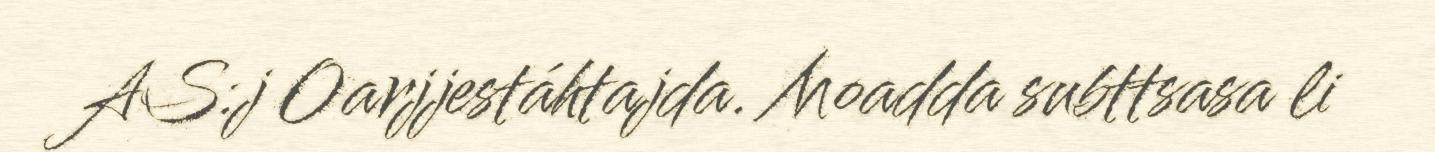
AS:j Oarjjestáhtajda. Moadda subttsasa li